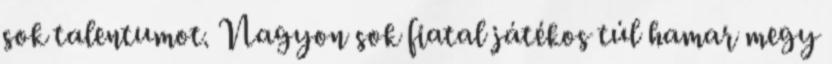
sok talentumot. Nagyon sok fiatal játékos túl hamar megy